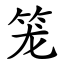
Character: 笼